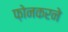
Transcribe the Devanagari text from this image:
फ़ोनकरने